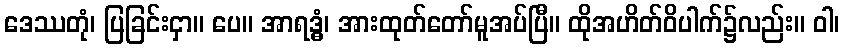
ဒေဿတုံ၊ ပြခြင်းငှာ။ ပေ။ အာရဒ္ဓွံ၊ အားထုတ်တော်မူအပ်ပြီ။ ထိုအဟိတ်ဝိပါက်၌လည်း။ ဝါ၊